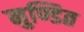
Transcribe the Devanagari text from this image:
मुण्डित